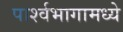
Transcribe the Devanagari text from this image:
पार्श्वभागामध्ये